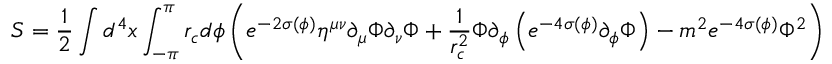
S = { \frac { 1 } { 2 } } \int d ^ { 4 } x \int _ { - \pi } ^ { \pi } r _ { c } d \phi \left( e ^ { - 2 \sigma ( \phi ) } \eta ^ { \mu \nu } \partial _ { \mu } \Phi \partial _ { \nu } \Phi + { \frac { 1 } { r _ { c } ^ { 2 } } } \Phi \partial _ { \phi } \left( e ^ { - 4 \sigma ( \phi ) } \partial _ { \phi } \Phi \right) - m ^ { 2 } e ^ { - 4 \sigma ( \phi ) } \Phi ^ { 2 } \right) ,